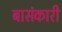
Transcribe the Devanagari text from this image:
बासंकारी